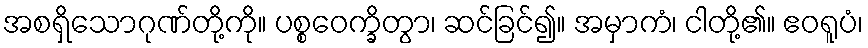
အစရှိသောဂုဏ်တို့ကို။ ပစ္စဝေက္ခိတွာ၊ ဆင်ခြင်၍။ အမှာကံ၊ ငါတို့၏။ ဧဝရူပံ၊